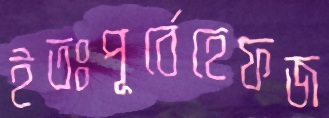
ইতঃপূর্বেহেফজ